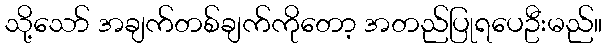
သို့သော် အချက်တစ်ချက်ကိုတော့ အတည်ပြုရပေဦးမည်။